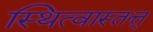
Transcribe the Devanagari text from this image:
स्थित्वास्तत्त्